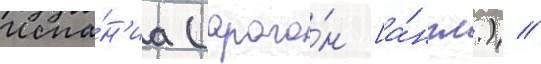
Испа́н'иа (араго́н [а́нгл.) //